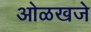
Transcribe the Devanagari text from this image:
ओळखजे